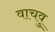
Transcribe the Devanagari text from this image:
वाचवु